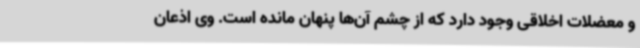
و معضلات اخلاقی وجود دارد که از چشم‌ آن‌ها پنهان مانده است. وی اذعان